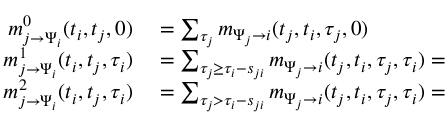
\begin{array} { r l } { m _ { j \to \Psi _ { i } } ^ { 0 } ( t _ { i } , t _ { j } , 0 ) } & { { } = \sum _ { \tau _ { j } } m _ { \Psi _ { j } \to i } ( t _ { j } , t _ { i } , \tau _ { j } , 0 ) } \\ { m _ { j \to \Psi _ { i } } ^ { 1 } ( t _ { i } , t _ { j } , \tau _ { i } ) } & { { } = \sum _ { \tau _ { j } \geq \tau _ { i } - s _ { j i } } m _ { \Psi _ { j } \to i } ( t _ { j } , t _ { i } , \tau _ { j } , \tau _ { i } ) = } \\ { m _ { j \to \Psi _ { i } } ^ { 2 } ( t _ { i } , t _ { j } , \tau _ { i } ) } & { { } = \sum _ { \tau _ { j } > \tau _ { i } - s _ { j i } } m _ { \Psi _ { j } \to i } ( t _ { j } , t _ { i } , \tau _ { j } , \tau _ { i } ) = } \end{array}